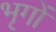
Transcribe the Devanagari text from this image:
भृगों